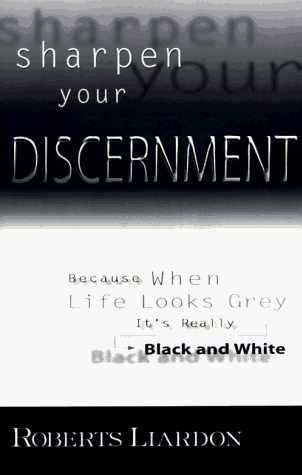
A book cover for Sharpen Your Discernment: Because When Life Looks Grey, It's Really Black and White; Roberts Liardon; Christian Books & Bibles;